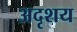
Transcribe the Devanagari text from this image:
अदृशय